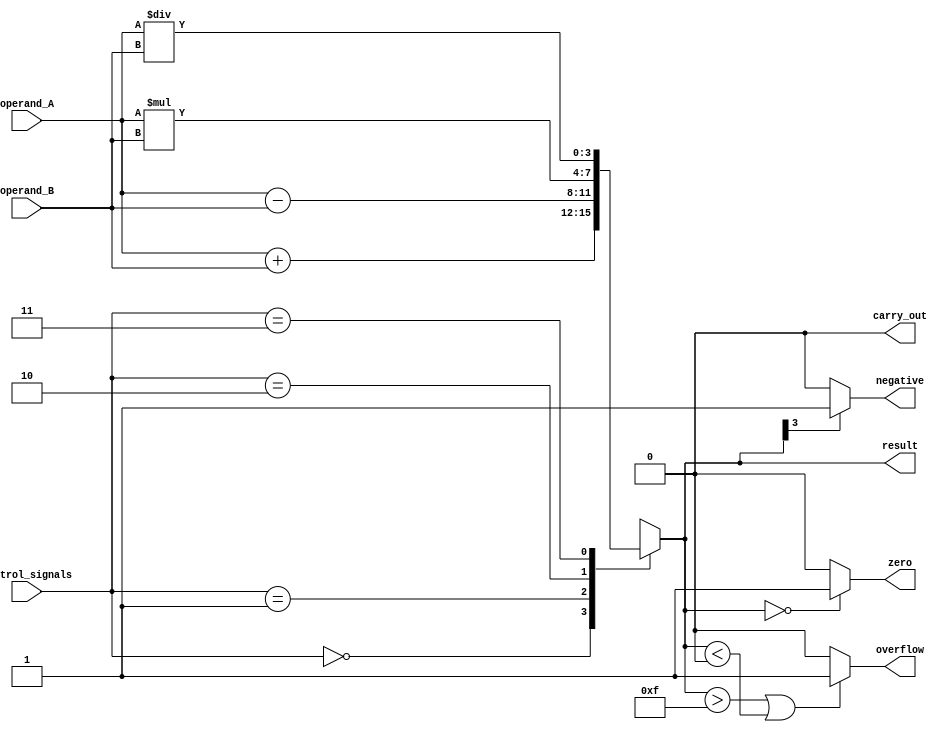
module ALU(input [3:0] operand_A, input [3:0] operand_B, input [1:0] control_signals,
           output reg [3:0] result,
           output reg carry_out, overflow, zero, negative);

   always @ (operand_A, operand_B, control_signals)
   begin
      case(control_signals)
         2'b00: result = operand_A + operand_B; // Addition
         2'b01: result = operand_A - operand_B; // Subtraction
         2'b10: result = operand_A * operand_B; // Multiplication
         2'b11: result = operand_A / operand_B; // Division
      endcase

      // Flags calculation
      carry_out = (result[4] == 1) ? 1 : 0;
      overflow = (result > 15 || result < 0) ? 1 : 0;
      zero = (result == 0) ? 1 : 0;
      negative = (result[3] == 1) ? 1 : 0;
   end
endmodule